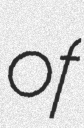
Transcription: of